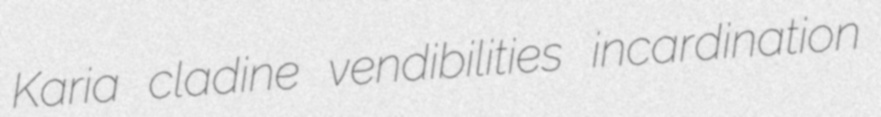
Karia cladine vendibilities incardination